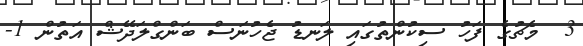
3  މެޗުގެ ފަހު ސިކުންތުގައި ލަނޑު ޖެހުނަސް ބަންގްލަދޭޝް އަތުން 1-